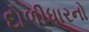
દોળીધારનો